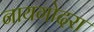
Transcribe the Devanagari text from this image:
नायगोदरा